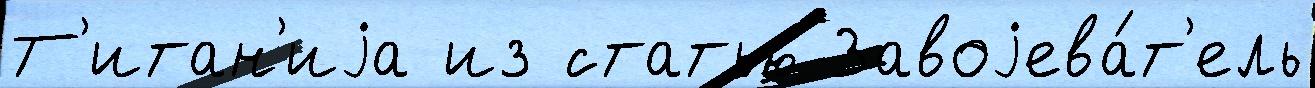
Т'итан'иjа из статью Завоjева́т'ель